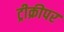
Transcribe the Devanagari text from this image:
ट्रीक्रीपर